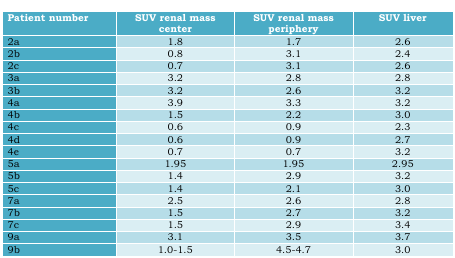
<table><thead><tr><td><b>Patient number</b></td><td><b>SUV renal mass center</b></td><td><b>SUV renal mass periphery</b></td><td><b>SUV liver</b></td></tr></thead><tbody><tr><td>2a</td><td>1.8</td><td>1.7</td><td>2.6</td></tr><tr><td>2b</td><td>0.8</td><td>3.1</td><td>2.4</td></tr><tr><td>2c</td><td>0.7</td><td>3.1</td><td>2.6</td></tr><tr><td>3a</td><td>3.2</td><td>2.8</td><td>2.8</td></tr><tr><td>3b</td><td>3.2</td><td>2.6</td><td>3.2</td></tr><tr><td>4a</td><td>3.9</td><td>3.3</td><td>3.2</td></tr><tr><td>4b</td><td>1.5</td><td>2.2</td><td>3.0</td></tr><tr><td>4c</td><td>0.6</td><td>0.9</td><td>2.3</td></tr><tr><td>4d</td><td>0.6</td><td>0.9</td><td>2.7</td></tr><tr><td>4e</td><td>0.7</td><td>0.7</td><td>3.2</td></tr><tr><td>5a</td><td>1.95</td><td>1.95</td><td>2.95</td></tr><tr><td>5b</td><td>1.4</td><td>2.9</td><td>3.2</td></tr><tr><td>5c</td><td>1.4</td><td>2.1</td><td>3.0</td></tr><tr><td>7a</td><td>2.5</td><td>2.6</td><td>2.8</td></tr><tr><td>7b</td><td>1.5</td><td>2.7</td><td>3.2</td></tr><tr><td>7c</td><td>1.5</td><td>2.9</td><td>3.4</td></tr><tr><td>9a</td><td>3.1</td><td>3.5</td><td>3.7</td></tr><tr><td>9b</td><td>1.0–1.5</td><td>4.5–4.7</td><td>3.0</td></tr></tbody></table>